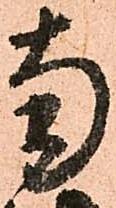
南